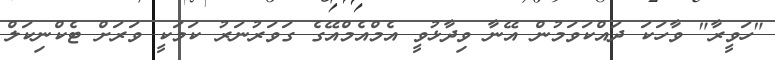
"ހަވީރާ" ވާހަކަ ދައްކަވަމުން އޭނާ ވިދާޅުވީ އެމްއެމްއޭގެ ގަވަރުނަރު ކަމަކީ ވަރަށް ޓެކްނިކަލް